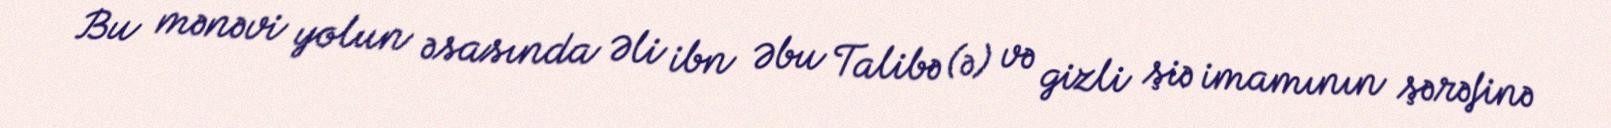
Bu mənəvi yolun əsasında Əli ibn Əbu Talibə (ə) və gizli şiə imamının şərəfinə